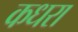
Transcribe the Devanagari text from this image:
कधरा